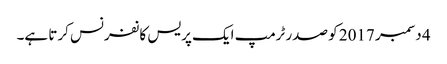
4 دسمبر 2017 کو صدر ٹرمپ ایک پریس کانفرنس کرتا ہے۔